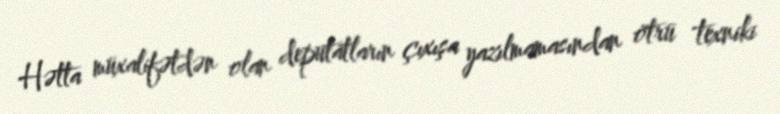
Hətta müxalifətdən olan deputatların çıxışa yazılmamasından ötrü texniki